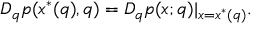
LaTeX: D _ { q } p ( x ^ { * } ( q ) , q ) = D _ { q } p ( x ; q ) | _ { x = x ^ { * } ( q ) } .